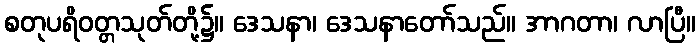
စတုပရိဝတ္တသုတ်တို့၌။ ဒေသနာ၊ ဒေသနာတော်သည်။ အာဂတာ၊ လာပြီ။